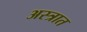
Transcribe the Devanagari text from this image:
अस्त्रात